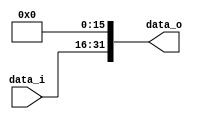
`timescale 1ns / 1ps
//////////////////////////////////////////////////////////////////////////////////
//////////////////////////////////////////////////////////////////////////////////


module offset_rescaler(
    input wire [15:0] data_i,
    output wire [31:0] data_o
    );
    
    assign data_o = {{16{data_i[15]}}, data_i} <<< 16;
    
endmodule